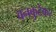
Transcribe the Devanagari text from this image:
वनकुटेकर